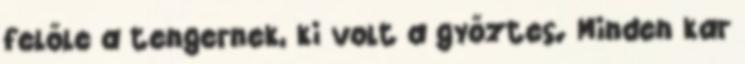
felőle a tengernek, ki volt a győztes. Minden kar